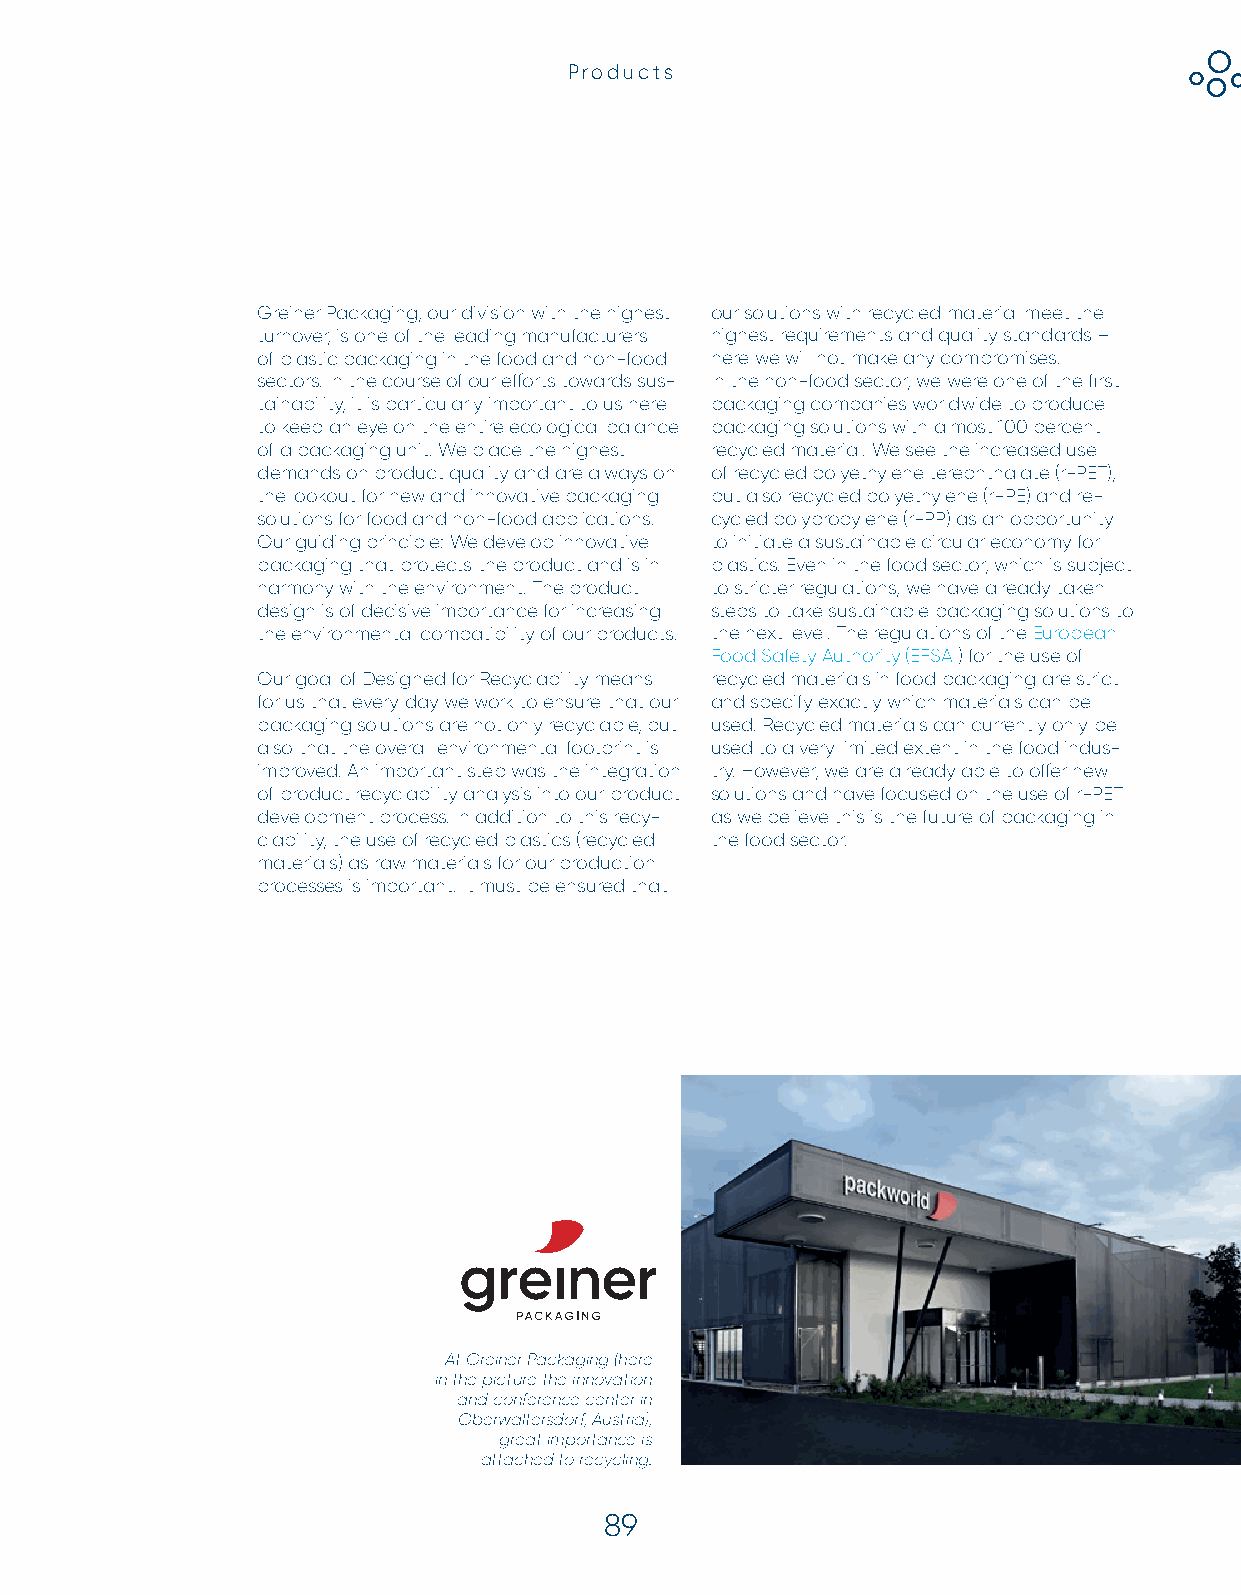
Products
 Greiner Packaging, our division with the highest our solutions with recycled material meet the
 turnover, is one of the leading manufacturers highest requirements and quality standards –
 of plastic packaging in the food and non-food here we will not make any compromises.
 sectors. In the course of our eff orts towards sus- In the non-food sector, we were one of the fi rst
 tainability, it is particularly important to us here packaging companies worldwide to produce
 to keep an eye on the entire ecological balance packaging solutions with almost 100 percent
 of a packaging unit. We place the highest recycled material. We see the increased use
 demands on product quality and are always on of recycled polyethylene terephthalate (r-PET),
 the lookout for new and innovative packaging but also recycled polyethylene (r-PE) and re-
 solutions for food and non-food applications. cycled polypropylene (r-PP) as an opportunity
 Our guiding principle: We develop innovative to initiate a sustainable circular economy for
 packaging that protects the product and is in plastics. Even in the food sector, which is subject
 harmony with the environment. The product to stricter regulations, we have already taken
 design is of decisive importance for increasing steps to take sustainable packaging solutions to
 the environmental compatibility of our products. the next level. The regulations of the European
 Food Safety Authority (EFSA ) for the use of
 Our goal of Designed for Recyclability means recycled materials in food packaging are strict
 for us that every day we work to ensure that our and specify exactly which materials can be
 packaging solutions are not only recyclable, but used. Recycled materials can currently only be
 also that the overall environmental footprint is used to a very limited extent in the food indus-
 improved. An important step was the integration try. However, we are already able to off er new
 of product recyclability analysis into our product solutions and have focused on the use of r-PET
 development process. In addition to this recy- as we believe this is the future of packaging in
 clability, the use of recycled plastics (recycled the food sector.
 materials) as raw materials for our production
 processes is important. It must be ensured that
 At Greiner Packaging (here
 in the picture the innovation
 and conference center in
 Oberwaltersdorf, Austria),
 great importance is
 attached to recycling.
 89